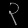
Digit: ၃